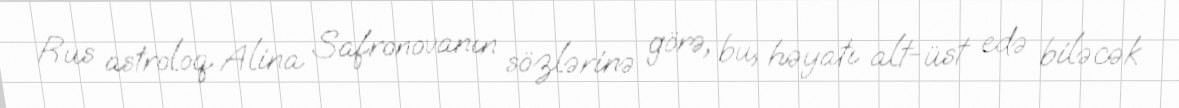
Rus astroloq Alina Safronovanın sözlərinə görə, bu, həyatı alt-üst edə biləcək